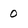
Character: 0